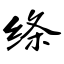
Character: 绦